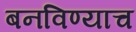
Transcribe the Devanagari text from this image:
बनविण्याच